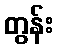
တွန်း